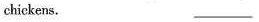
chickens. ______